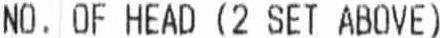
NO. OF HEAD (2 SET ABOVE)